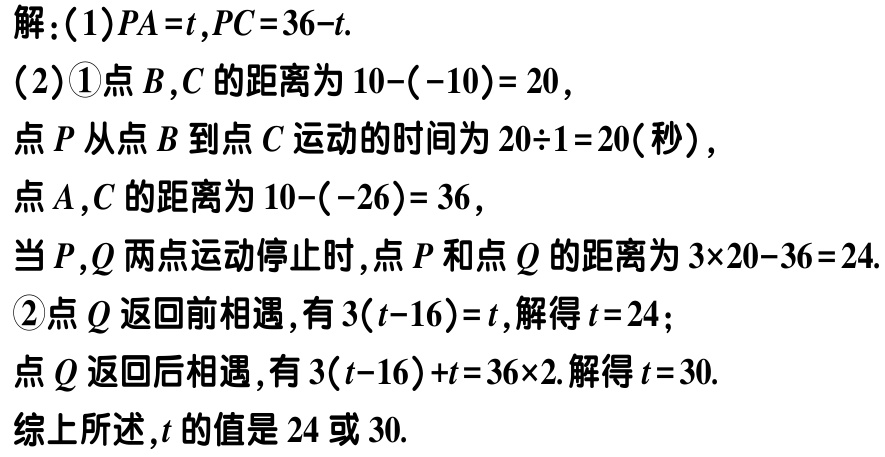
解：(1)$PA = t,PC = 36 - t$.

(2)\textcircled{1}点\(B,C\)的距离为\(10 - (-10)=20\)，

点\(P\)从点\(B\)到点\(C\)运动的时间为\(20\div1 = 20\)(秒)，

点\(A,C\)的距离为\(10 - (-26)=36\)，

当\(P,Q\)两点运动停止时，点\(P\)和点\(Q\)的距离为\(3\times20 - 36 = 24\).

\textcircled{2}点\(Q\)返回前相遇，有\(3(t - 16)=t\)，解得\(t = 24\)；

点\(Q\)返回后相遇，有\(3(t - 16)+t = 36\times2\). 解得\(t = 30\).

综上所述，\(t\)的值是\(24\)或\(30\).